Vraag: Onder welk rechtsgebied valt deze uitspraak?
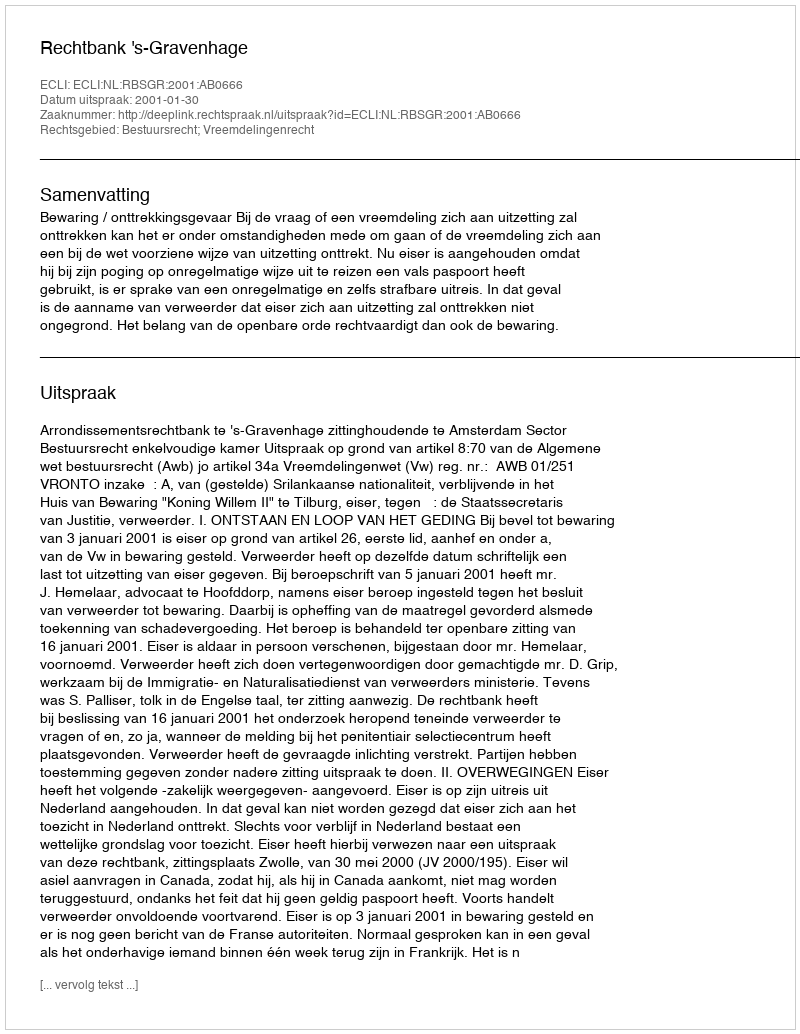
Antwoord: Bestuursrecht; Vreemdelingenrecht